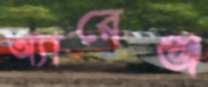
অ্যারেঞ্জ